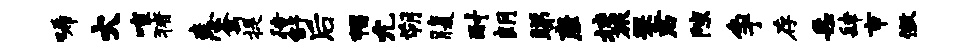
唏火喧猪恚禽提待舒后帽允朔腹耐朗睇座挟旅罘君隙争存采肆市徽